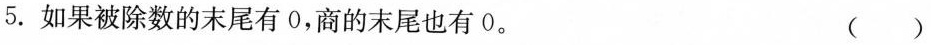
5. 如果被除数的末尾有0，商的末尾也有0。 ()